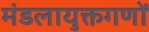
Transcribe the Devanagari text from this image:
मंडलायुक्तगणों